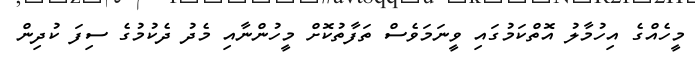
މީހެއްގެ އިހުމާލު އޮތްކަމުގައި ވީނަމަވެސް ތަފާތުކޮށް މީހުންނާއި މެދު ދެކުމުގެ ސިފަ ކުދިން